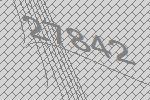
27842